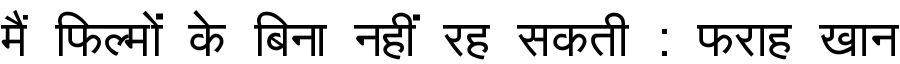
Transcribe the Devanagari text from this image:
मैं फिल्मों के बिना नहीं रह सकती : फराह खान